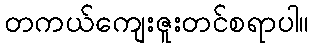
တကယ်ကျေးဇူးတင်စရာပါ။